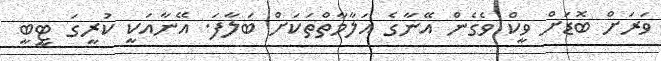
ވަރަށް ބޮޑަށް ވީކް ވެގެން އޭނާގެ އަލާމާތްތަކަށް ބަލާފަ. އޭނާއަކީ ކުރީގަ ޓީބީ